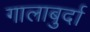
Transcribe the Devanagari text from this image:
गालाबुर्दा